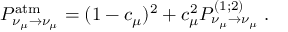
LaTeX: P _ { \nu _ { \mu } \rightarrow \nu _ { \mu } } ^ { \mathrm { a t m } } = ( 1 - c _ { \mu } ) ^ { 2 } + c _ { \mu } ^ { 2 } P _ { \nu _ { \mu } \rightarrow \nu _ { \mu } } ^ { ( 1 ; 2 ) } \; .